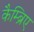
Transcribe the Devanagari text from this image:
कैम्ब्रिए